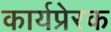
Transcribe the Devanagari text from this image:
कार्यप्रेरक